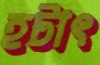
হটাৎ